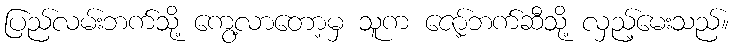
ပြည်လမ်းဘက်သို့ ကွေ့လာတော့မှ သူက ဇော့်ဘက်ဆီသို့ လှည့်မေးသည်။